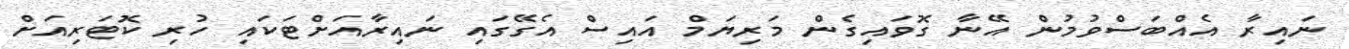
ނައިރާ އެއްބަސްވުމުން އޭނާ ގޮވައިގެން މަރިޔަމް އައިސް އެގޭގައި ނައިރާއަށްޓަކައި ހުރި ކޮޓަރިއަށް